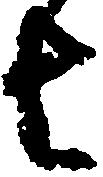
者